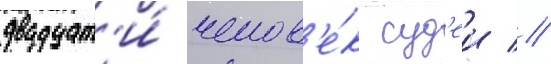
двадцат'и́ челов'е́к суд'еи //